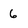
Character: 6